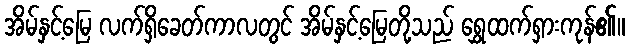
အိမ်နှင့်မြေ လက်ရှိခေတ်ကာလတွင် အိမ်နှင့်မြေတို့သည် ရွှေထက်ရှားကုန်၏။